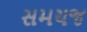
સમયજ